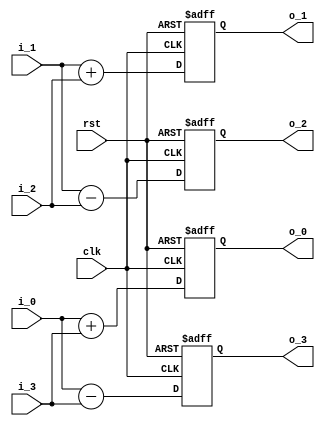
module butterfly_4(
                clk,
				        rst,
                i_0,
                i_1,
                i_2,
                i_3,
                o_0,
                o_1,
                o_2,
                o_3
);
input                    clk;
input                    rst;
input     signed  [23:0] i_0;
input     signed  [23:0] i_1;
input     signed  [23:0] i_2;
input     signed  [23:0] i_3;
output reg signed [24:0] o_0;
output reg signed [24:0] o_1;
output reg signed [24:0] o_2;
output reg signed [24:0] o_3;
wire  signed [24:0]   b_0;
wire  signed [24:0]   b_1;
wire  signed [24:0]   b_2;
wire  signed [24:0]   b_3;
assign b_0=i_0+i_3;
assign b_1=i_1+i_2;
assign b_2=i_1-i_2;               
assign b_3=i_0-i_3;
always@(posedge clk or negedge rst)
if(!rst)
     begin
     o_0<=25'b0;
     o_1<=25'b0;
     o_2<=25'b0;
     o_3<=25'b0;
     end
else
     begin
     o_0<=b_0;
     o_1<=b_1;
     o_2<=b_2;
     o_3<=b_3;
     end
endmodule